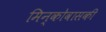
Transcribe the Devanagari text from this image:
मिन्कोवासकी